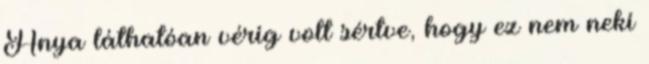
Anya láthatóan vérig volt sértve, hogy ez nem neki